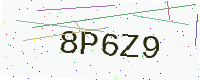
Text: 8P6Z9